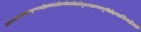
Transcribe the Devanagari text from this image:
तत्राश्वलायनेनचकृष्णपक्षेएकादशीत्रयोदशीदर्शेषुअषाढाफल्गुनीप्रोष्ठपदाभिन्नर्क्षेउक्तं